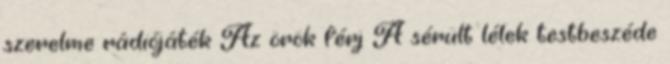
szerelme rádiójáték Az örök férj A sérült lélek testbeszéde